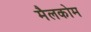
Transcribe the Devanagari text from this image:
मैलकोम